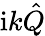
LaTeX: \mathrm{i}k\hat{Q}